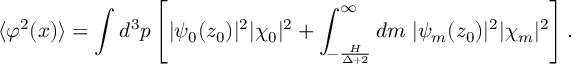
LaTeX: \langle \varphi ^ { 2 } ( x ) \rangle = \int d ^ { 3 } p \left[ | \psi _ { 0 } ( z _ { 0 } ) | ^ { 2 } | \chi _ { 0 } | ^ { 2 } + \int _ { - \frac { H } { \Delta + 2 } } ^ { \infty } d m \; | \psi _ { m } ( z _ { 0 } ) | ^ { 2 } | \chi _ { m } | ^ { 2 } \right] .